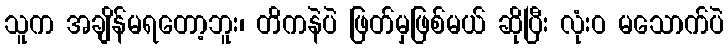
သူက အချိန်မရတော့ဘူး၊ တိကနဲပဲ ဖြတ်မှဖြစ်မယ် ဆိုပြီး လုံးဝ မသောက်ပဲ